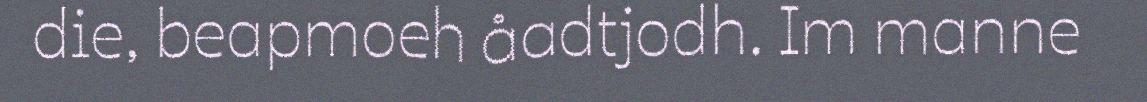
die, beapmoeh åadtjodh. Im manne